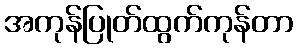
အကုန်ပြုတ်ထွက်ကုန်တာ